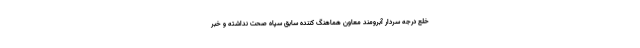
خلع درجه سردار آبرومند معاون هماهنگ کننده سابق سپاه صحت نداشته و خبر